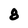
Character: 8